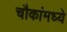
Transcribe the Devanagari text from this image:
चौकांमध्ये